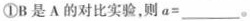
①B是A的对比实验，则a=___。